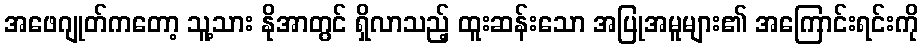
အဖေဂျုတ်ကတော့ သူ့သား နိုအာတွင် ရှိလာသည့် ထူးဆန်းသော အပြုအမူများ၏ အကြောင်းရင်းကို